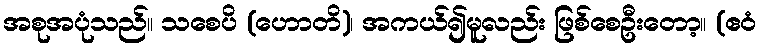
အစုအပုံသည်။ သစေပိ (ဟောတိ)၊ အကယ်၍မူလည်း ဖြစ်စေဦးတော့။ (ဧဝံ